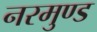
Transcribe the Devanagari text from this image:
नरमुण्ड